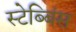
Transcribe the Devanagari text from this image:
स्टेब्बिंस